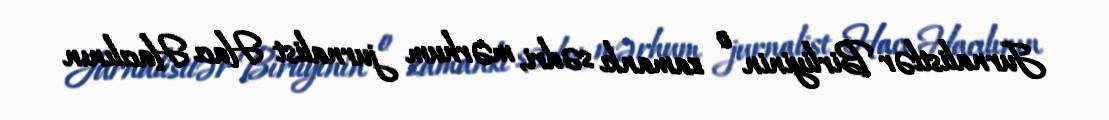
Jurnalistlər Birliyinin o zamankı sədri, mərhum jurnalist Hacı Hacılının